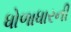
ધોળાધારની